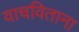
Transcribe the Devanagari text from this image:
वाचविताना